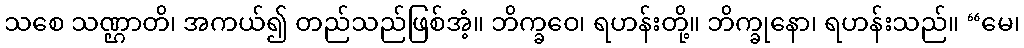
သစေ သဏ္ဌာတိ၊ အကယ်၍ တည်သည်ဖြစ်အံ့။ ဘိက္ခဝေ၊ ရဟန်းတို့။ ဘိက္ခုနော၊ ရဟန်းသည်။ “မေ၊